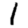
Digit: 1